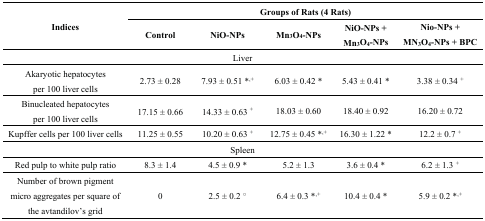
<table><thead><tr><td rowspan="2"><b>Indices</b></td><td colspan="5"><b>Groups of Rats (4 Rats)</b></td></tr><tr><td><b>Control</b></td><td><b>NiO-NPs</b></td><td><b>Mn<sub>3</sub>O<sub>4</sub>-NPs</b></td><td><b>NiO-NPs + Mn<sub>3</sub>O<sub>4</sub>-NPs</b></td><td><b>Nio-NPs + MN<sub>3</sub>O<sub>4</sub>-NPs + BPC</b></td></tr></thead><tbody><tr><td colspan="6">Liver</td></tr><tr><td>Akaryotic hepatocytes per 100 liver cells</td><td>2.73 ± 0.28</td><td>7.93 ± 0.51 *<sup>,+</sup></td><td>6.03 ± 0.42 *</td><td>5.43 ± 0.41 *</td><td>3.38 ± 0.34 <sup>+</sup></td></tr><tr><td>Binucleated hepatocytes per 100 liver cells</td><td>17.15 ± 0.66</td><td>14.33 ± 0.63 <sup>+</sup></td><td>18.03 ± 0.60</td><td>18.40 ± 0.92</td><td>16.20 ± 0.72</td></tr><tr><td>Kupffer cells per 100 liver cells</td><td>11.25 ± 0.55</td><td>10.20 ± 0.63 <sup>+</sup></td><td>12.75 ± 0.45 *<sup>,+</sup></td><td>16.30 ± 1.22 *</td><td>12.2 ± 0.7 <sup>+</sup></td></tr><tr><td colspan="6">Spleen</td></tr><tr><td>Red pulp to white pulp ratio</td><td>8.3 ± 1.4</td><td>4.5 ± 0.9 *</td><td>5.2 ± 1.3</td><td>3.6 ± 0.4 *</td><td>6.2 ± 1.3 <sup>+</sup></td></tr><tr><td>Number of brown pigment micro aggregates per square of the avtandilov’s grid</td><td>0</td><td>2.5 ± 0.2 <sup>○</sup></td><td>6.4 ± 0.3 *<sup>,+</sup></td><td>10.4 ± 0.4 *</td><td>5.9 ± 0.2 *<sup>,+</sup></td></tr></tbody></table>